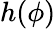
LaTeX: h(\phi)